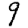
Digit: 9